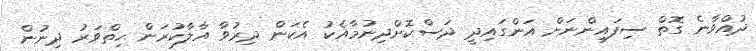
ދުއްވާނެ ގޮތް ސިފައިންނަށް އަންގައިދީ ދަސްކޮށްދިނުމާއެކު އެކަން ދިރުވާ އާލާކުރަން ހިތްވަރު ދިނުން